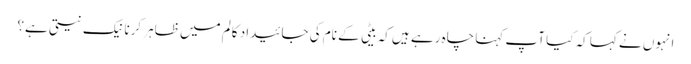
انہوں نے کہا کہ کیا آپ کہنا چاہ رہے ہیں کہ بیٹی کے نام کی جائیداد کالم میں ظاہر کرنا نیک نیتی ہے؟